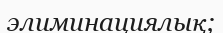
элиминациялық;